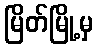
မြိတ်မြို့မှ